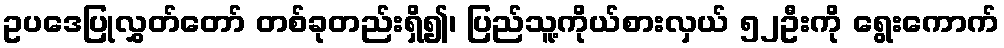
ဥပဒေပြုလွှတ်တော် တစ်ခုတည်းရှိ၍၊ ပြည်သူ့ကိုယ်စားလှယ် ၅၂ဦးကို ရွေးကောက်